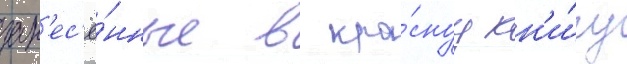
зан'ес'ё́нные в кра́снуу кн'и́гу